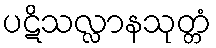
ပဋိသလ္လာနသုတ္တံ